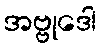
အဗ္ဗုဒေါ